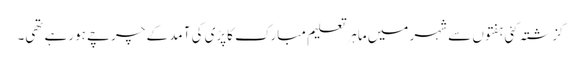
گزشتہ کئی ہفتوں سے شہر میں ماہر تعلیم مبارک کاپڑی کی آمد کے چرچے ہورہے تھی۔